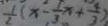
\frac { 1 } { 2 } ( x - \frac { 1 } { 3 } x + \frac { 4 } { 3 } )